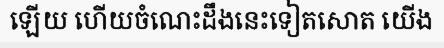
ឡើយ ហើយចំណេះដឹងនេះទៀតសោត យើង